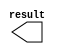
// megafunction wizard: %LPM_CONSTANT%VBB%
// GENERATION: STANDARD
// VERSION: WM1.0
// MODULE: LPM_CONSTANT 

// ============================================================
// Megafunction Name(s):
// 			LPM_CONSTANT
//
// Simulation Library Files(s):
// 			lpm
// ============================================================
// ************************************************************
// THIS IS A WIZARD-GENERATED FILE. DO NOT EDIT THIS FILE!
//
// 13.0.1 Build 232 06/12/2013 SP 1 SJ Full Version
// ************************************************************

//Copyright (C) 1991-2013 Altera Corporation
//Your use of Altera Corporation's design tools, logic functions 
//and other software and tools, and its AMPP partner logic 
//functions, and any output files from any of the foregoing 
//(including device programming or simulation files), and any 
//associated documentation or information are expressly subject 
//to the terms and conditions of the Altera Program License 
//Subscription Agreement, Altera MegaCore Function License 
//Agreement, or other applicable license agreement, including, 
//without limitation, that your use is for the sole purpose of 
//programming logic devices manufactured by Altera and sold by 
//Altera or its authorized distributors.  Please refer to the 
//applicable agreement for further details.

module lpm_constant15 (
	result);

	output	[9:0]  result;

endmodule

// ============================================================
// CNX file retrieval info
// ============================================================
// Retrieval info: PRIVATE: INTENDED_DEVICE_FAMILY STRING "Cyclone III"
// Retrieval info: PRIVATE: JTAG_ENABLED NUMERIC "0"
// Retrieval info: PRIVATE: JTAG_ID STRING "NONE"
// Retrieval info: PRIVATE: Radix NUMERIC "2"
// Retrieval info: PRIVATE: SYNTH_WRAPPER_GEN_POSTFIX STRING "0"
// Retrieval info: PRIVATE: Value NUMERIC "3"
// Retrieval info: PRIVATE: nBit NUMERIC "10"
// Retrieval info: PRIVATE: new_diagram STRING "1"
// Retrieval info: LIBRARY: lpm lpm.lpm_components.all
// Retrieval info: CONSTANT: LPM_CVALUE NUMERIC "3"
// Retrieval info: CONSTANT: LPM_HINT STRING "ENABLE_RUNTIME_MOD=NO"
// Retrieval info: CONSTANT: LPM_TYPE STRING "LPM_CONSTANT"
// Retrieval info: CONSTANT: LPM_WIDTH NUMERIC "10"
// Retrieval info: USED_PORT: result 0 0 10 0 OUTPUT NODEFVAL "result[9..0]"
// Retrieval info: CONNECT: result 0 0 10 0 @result 0 0 10 0
// Retrieval info: GEN_FILE: TYPE_NORMAL lpm_constant15.v TRUE
// Retrieval info: GEN_FILE: TYPE_NORMAL lpm_constant15.inc FALSE
// Retrieval info: GEN_FILE: TYPE_NORMAL lpm_constant15.cmp FALSE
// Retrieval info: GEN_FILE: TYPE_NORMAL lpm_constant15.bsf TRUE FALSE
// Retrieval info: GEN_FILE: TYPE_NORMAL lpm_constant15_inst.v FALSE
// Retrieval info: GEN_FILE: TYPE_NORMAL lpm_constant15_bb.v TRUE
// Retrieval info: LIB_FILE: lpm